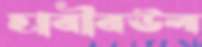
হাবীবউল